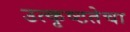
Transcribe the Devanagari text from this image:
उत्कृष्टतेचा